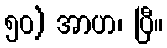
၅၀) အာဟ၊ ပြီ။